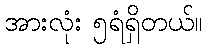
အားလုံး ၅ရံရှိတယ်။